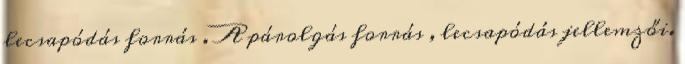
lecsapódás forrás . A párolgás forrás , lecsapódás jellemzői.